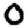
Digit: 0